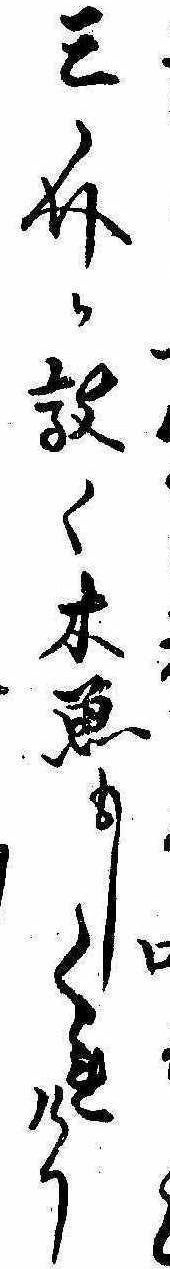
三介か敲く木魚もしくれけり